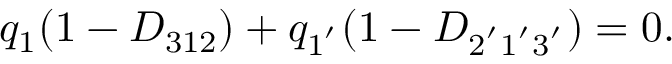
q _ { 1 } ( 1 - D _ { 3 1 2 } ) + q _ { 1 ^ { ' } } ( 1 - D _ { 2 ^ { ' } 1 ^ { ' } 3 ^ { ' } } ) = 0 .